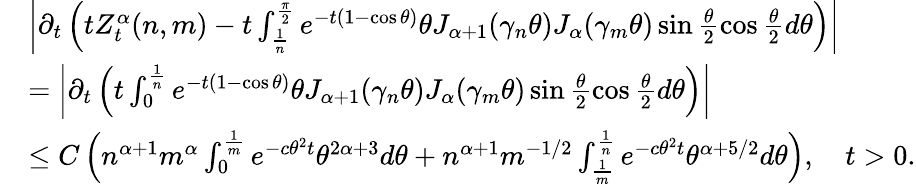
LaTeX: \begin{array}{rl}&{\left|\partial_{t}\left(tZ_{t}^{\alpha}(n,m)-t\int_{\frac{1}{n}}^{\frac{\pi}{2}}e^{-t(1-\cos\theta)}\theta J_{\alpha+1}(\gamma_{n}\theta)J_{\alpha}(\gamma_{m}\theta)\sin\frac{\theta}{2}\cos\frac{\theta}{2}d\theta\right)\right|}\\ &{=\left|\partial_{t}\left(t\int_{0}^{\frac{1}{n}}e^{-t(1-\cos\theta)}\theta J_{\alpha+1}(\gamma_{n}\theta)J_{\alpha}(\gamma_{m}\theta)\sin\frac{\theta}{2}\cos\frac{\theta}{2}d\theta\right)\right|}\\ &{\le C\left(n^{\alpha+1}m^{\alpha}\int_{0}^{\frac{1}{m}}e^{-c\theta^{2}t}\theta^{2\alpha+3}d\theta+n^{\alpha+1}m^{-1/2}\int_{\frac{1}{m}}^{\frac{1}{n}}e^{-c\theta^{2}t}\theta^{\alpha+5/2}d\theta\right),\quad t>0.}\end{array}